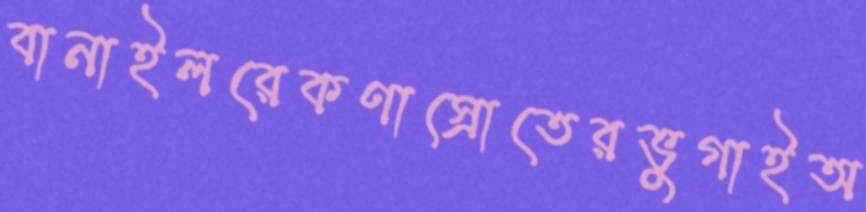
বানাইলরেকণাস্রোতেরভুগাইঅ